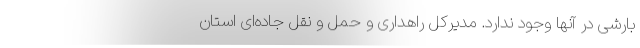
بارشی در آنها وجود ندارد. مدیرکل راهداری و حمل و نقل جاده‌ای استان